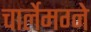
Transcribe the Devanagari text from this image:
चार्लेमग्ने